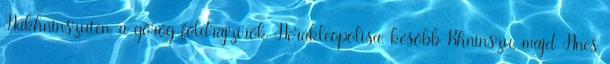
Hakhninszuten, a görög földrajzírók Herakleopolisa, később Khninszu, majd Hnes